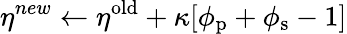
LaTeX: \eta^{new}\leftarrow\eta^{\mathrm{old}}+\kappa[\phi_{\mathrm{p}}+\phi_{\mathrm{s}}-1]